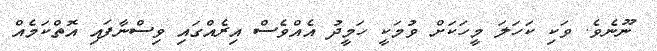
ނޫނެވެ. ވަކި ކަހަލަ މީހަކަށް ވުމަކީ ހަމީދު އެއްވެސް އިރެއްގައި ވިސްނާފައި އޮތްކަމެއް